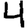
Digit: 4